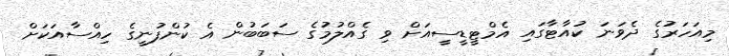
މިއަހަރުގެ ދެވަނަ ކުއާޓާގައި އެމްޓީޑީސީއަށް ވި ގެއްލުމުގެ ސަބަބުން އެ ކުންފުނީގެ ހިއްސާއަކަށް